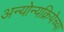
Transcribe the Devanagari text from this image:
अन्योन्यक्रियेच्या